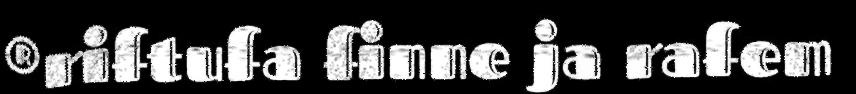
®riftufa finne ja rafem